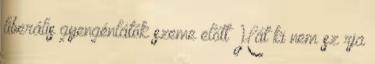
liberális gyengénlátók szeme előtt Hát ki nem sz rja